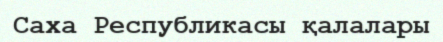
Саха Республикасы қалалары